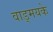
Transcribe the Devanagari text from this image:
वाड्मयके